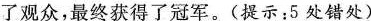
了观众，最终获得了冠军。(提示：5处错处)